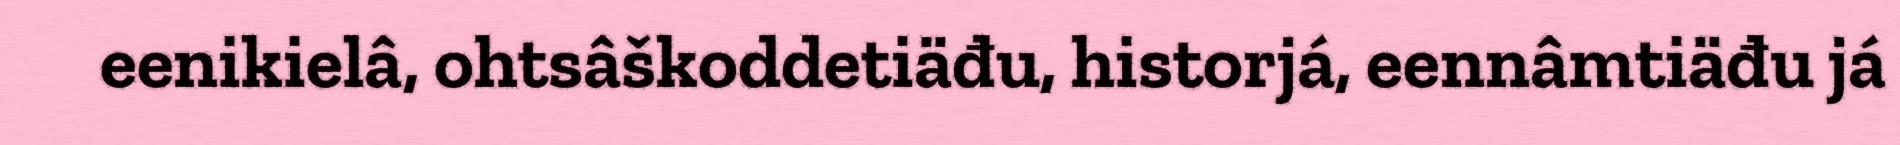
eenikielâ, ohtsâškoddetiäđu, historjá, eennâmtiäđu já